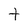
Character: t